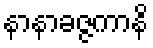
နာနာခဇ္ဇကာနိ